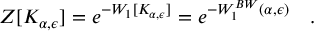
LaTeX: Z [ K _ { \alpha , \epsilon } ] = e ^ { - W _ { 1 } [ K _ { \alpha , \epsilon } ] } = e ^ { - W _ { 1 } ^ { B W } ( \alpha , \epsilon ) } ~ ~ ~ .